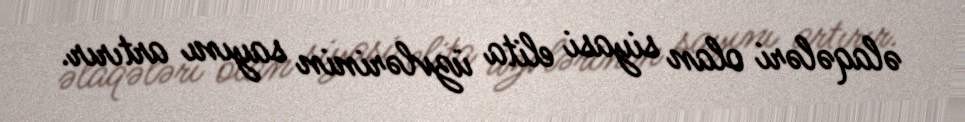
əlaqələri olan siyasi elita üzvlərinin sayını artırır.